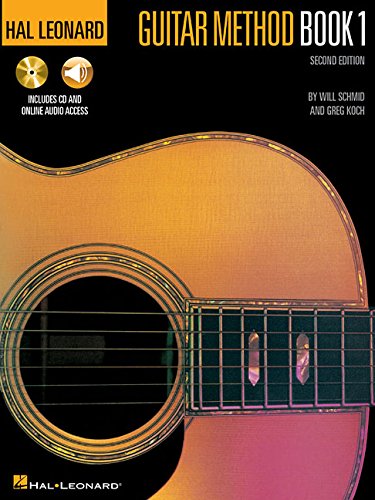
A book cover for Hal Leonard Guitar Method Book 1:  Book/CD Pack; Will Schmid; Arts & Photography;